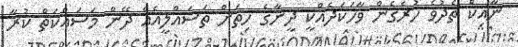
ނާއިކް ތެދުވެ ހުރެގެން ވާހަކަދެއްކީ ދީނާގެ ހިތަށް ތަސައްލީއެއް ދޭން މަސައްކަތް ކުރާ